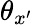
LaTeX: \theta_{x^{\prime}}